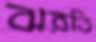
ঝরতি